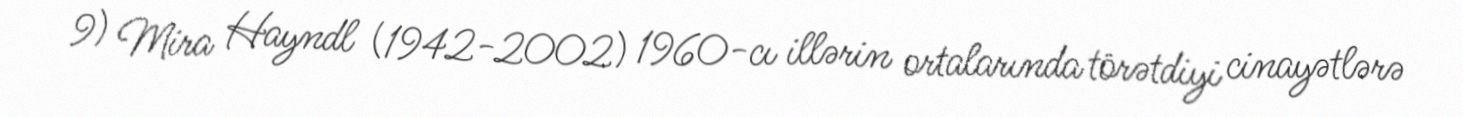
9) Mira Hayndl (1942-2002) 1960-cı illərin ortalarında törətdiyi cinayətlərə